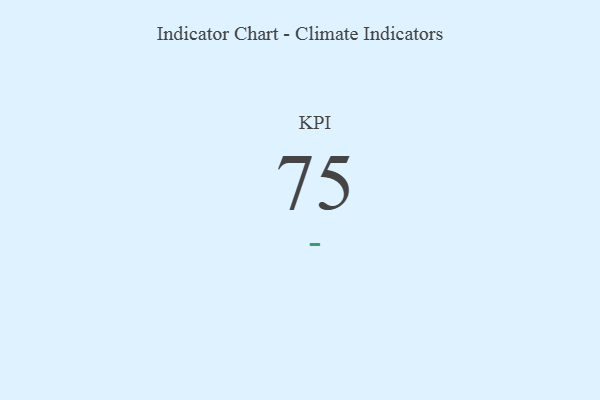
{"axis": {"x": "KPI", "y": "Value"}, "legend": [""], "data": [{"x": "KPI", "y": 75, "type": ""}]}